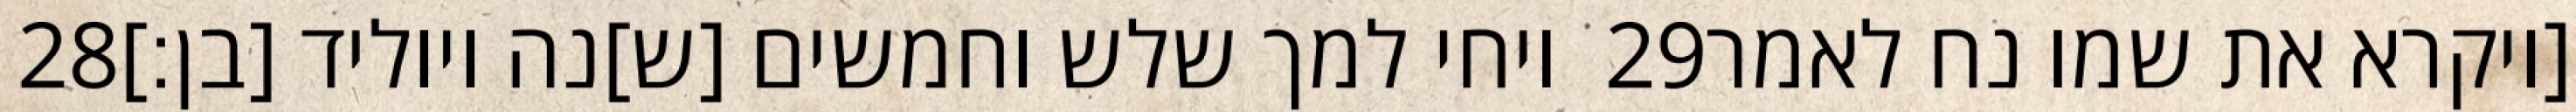
‎28‏ ויחי למך שלש וחמשים [ש]נה ויוליד [בן׃] ‎29‏ [ויקרא את שמו נח לאמר